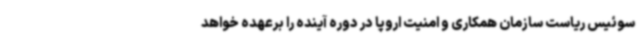
سوئیس ریاست سازمان همکاری و امنیت اروپا در دوره آینده را برعهده خواهد